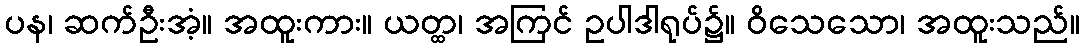
ပန၊ ဆက်ဦးအံ့။ အထူးကား။ ယတ္ထ၊ အကြင် ဥပါဒါရုပ်၌။ ဝိသေသော၊ အထူးသည်။